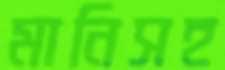
মানিসহ